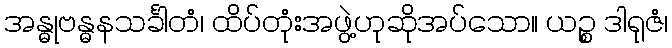
အန္ဓုဗန္ဓနသင်္ခါတံ၊ ထိပ်တုံးအဖွဲ့ဟုဆိုအပ်သော။ ယဉ္စ ဒါရုဇံ၊